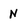
Character: N